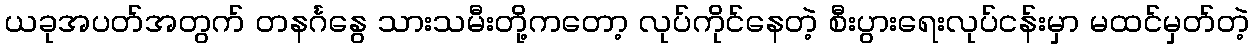
ယခုအပတ်အတွက် တနင်္ဂနွေ သားသမီးတို့ကတော့ လုပ်ကိုင်နေတဲ့ စီးပွားရေးလုပ်ငန်းမှာ မထင်မှတ်တဲ့